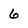
Character: 6